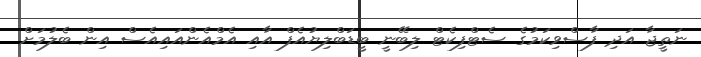
ނަތީޖާ އަދި ފާސްވިކަމުގެ ސެޓްފިކެޓް ލިބޭނީ ބީޑަބްލިޔުއެފް އާއި އެމްއެންއައިއެސް އިން ބެލުމަށް